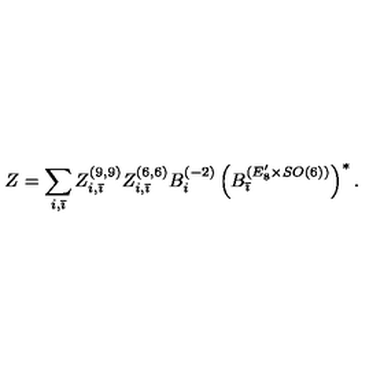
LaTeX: Z = \sum _ { i , \bar { \imath } } Z _ { i , \bar { \imath } } ^ { ( 9 , 9 ) } Z _ { i , \bar { \imath } } ^ { ( 6 , 6 ) } B _ { i } ^ { ( - 2 ) } \left( B _ { \bar { \imath } } ^ { ( E _ { 8 } ^ { \prime } \times S O ( 6 ) ) } \right) ^ { * } .